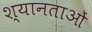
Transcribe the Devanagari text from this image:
श्यानताओं